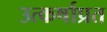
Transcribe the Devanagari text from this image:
उत्कर्षाप्रत